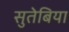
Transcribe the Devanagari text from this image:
सुतेबिया